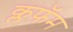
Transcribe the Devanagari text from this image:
क्लफॅम